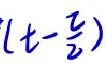
\((t - \frac{z}{2})\)